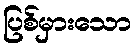
ပြစ်မှားသော